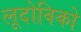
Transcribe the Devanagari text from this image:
लूदोविको